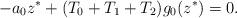
LaTeX: \begin{align*} -a_0z^\ast+(T_0+T_1+T_2)g_0(z^\ast)=0.\end{align*}